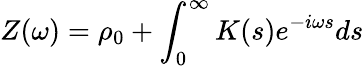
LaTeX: Z(\omega)=\rho_{0}+\int_{0}^{\infty}K(s)e^{-i\omega s}ds